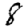
Digit: 8